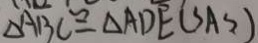
\Delta A B C \cong \Delta A D E ( S A S )